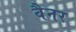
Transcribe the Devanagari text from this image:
वैनर